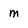
Character: m